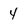
Character: 4